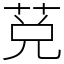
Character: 莌